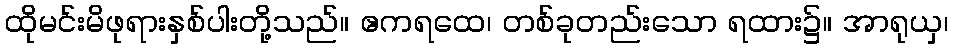
ထိုမင်းမိဖုရားနှစ်ပါးတို့သည်။ ဧကရထေ၊ တစ်ခုတည်းသော ရထား၌။ အာရုယှ၊